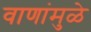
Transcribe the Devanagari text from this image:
वाणांमुळे